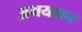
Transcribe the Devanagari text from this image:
अभयाकर